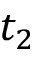
t _ { 2 }